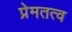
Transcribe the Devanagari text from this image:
प्रेमतत्व